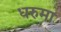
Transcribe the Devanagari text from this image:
धरुमा